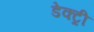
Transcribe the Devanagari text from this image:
डेक्ट्री